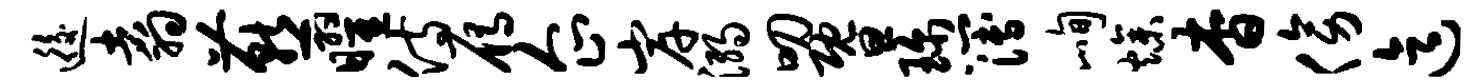
逅翥燕曜侍雁企岸溺叨暨珍簿峋燥杳傍迄